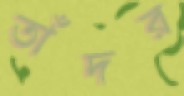
তাঁদর